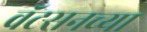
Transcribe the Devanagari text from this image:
वॅटसनच्या